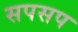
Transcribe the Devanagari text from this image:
सपसप